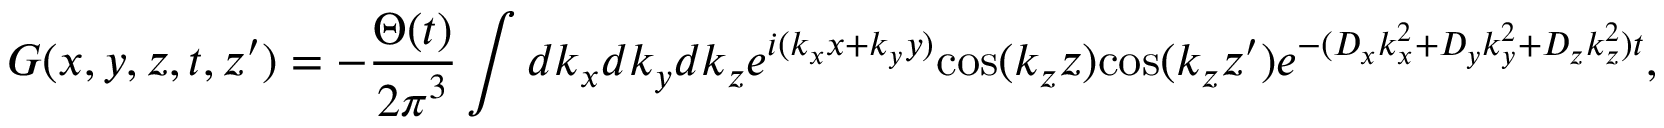
G ( x , y , z , t , z ^ { \prime } ) = - \frac { \Theta ( t ) } { { 2 \pi } ^ { 3 } } \int d k _ { x } d k _ { y } d k _ { z } e ^ { i ( { k _ { x } } x + { k _ { y } } y ) } \mathrm { c o s } ( k _ { z } z ) \mathrm { c o s } ( k _ { z } z { ' } ) e ^ { - ( { D _ { x } } { k _ { x } ^ { 2 } } + { D _ { y } } { k _ { y } ^ { 2 } } + { D _ { z } } { k _ { z } ^ { 2 } } ) t } ,